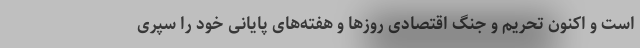
است و اکنون تحریم و جنگ اقتصادی روزها و هفته‌های پایانی خود را سپری